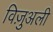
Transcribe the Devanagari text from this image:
विज़ुअली